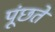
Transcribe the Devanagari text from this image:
पूंछते